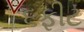
૬ફીટ